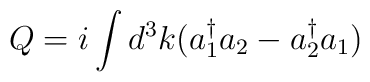
Q= i\int d^3k (a^{\dag}_1 a_2 - a^{\dag}_2 a_1)